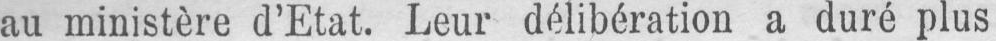
au ministère d’Etat. Leur délibération a duré plus